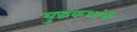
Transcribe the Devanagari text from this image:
युद्धकथांची